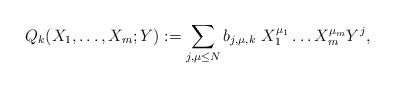
LaTeX: \begin{align*}Q_{k}(X_1,\ldots ,X_m;Y):=\sum _{j,\mu \leq N} b_{j,\mu , k} \ X_1^{\mu _1}\ldots X_m^{\mu _m}Y ^j,\end{align*}